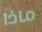
ماذا